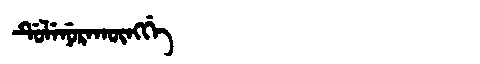
Manchu: ᡩᡠᠯᡝᠨᡠᡵᠠᡴᡡᠩᡤᡝ
Romanization: DULENURAKŪNGGE